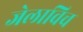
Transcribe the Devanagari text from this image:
जेलाविच